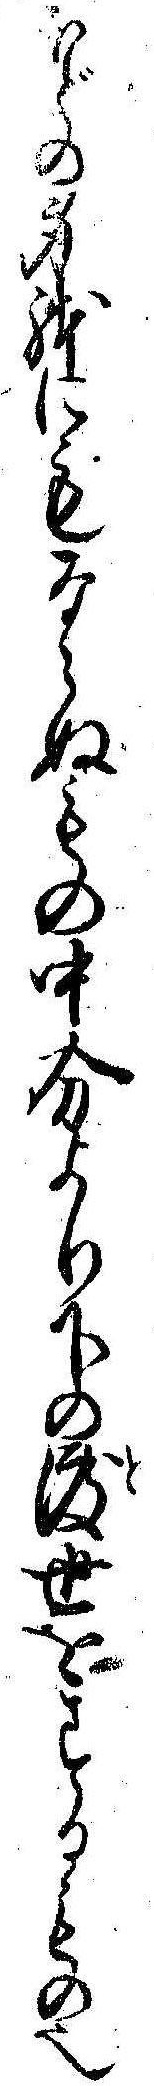
ほどの身体にもならぬもの中分より下の渡世をするもの也